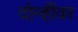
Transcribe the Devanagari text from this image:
दोन्हींवर